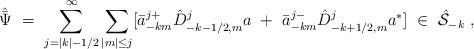
LaTeX: \begin{align*}{\hat{\bar \Psi}}\ =\ \sum_{j=|k|-1/2}^{\infty} \sum_{|m|\le j} [{\bar a}^{j+}_{-km}{\hat D}^j_{-k-1/2,m} a\ +\ {\bar a}^{j-}_{-km} {\hat D}^j_{-k+1/2,m} a^* ]\ \in \ {\hat{\cal S}}_{-k} \ ,\end{align*}